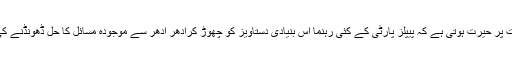
مجھے ہمیشہ اس بات پر حیرت ہوتی ہے کہ پیپلز پارٹی کے کئی رہنما اس بنیادی دستاویز کو چھوڑ کرادھر ادھر سے موجودہ مسائل کا حل ڈھونڈنے کی کوشش کرتے ہیں۔